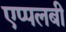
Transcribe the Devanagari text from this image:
एप्पलबी